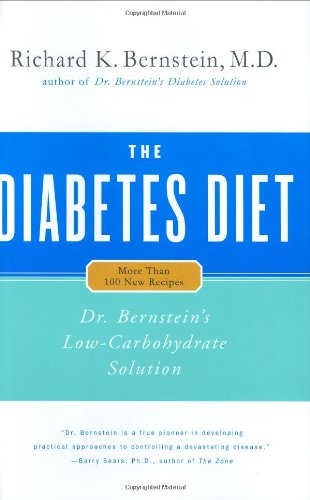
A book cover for The Diabetes Diet: Dr. Bernstein's Low-Carbohydrate Solution; Richard K. Bernstein; Cookbooks, Food & Wine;